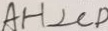
A H \bot C D